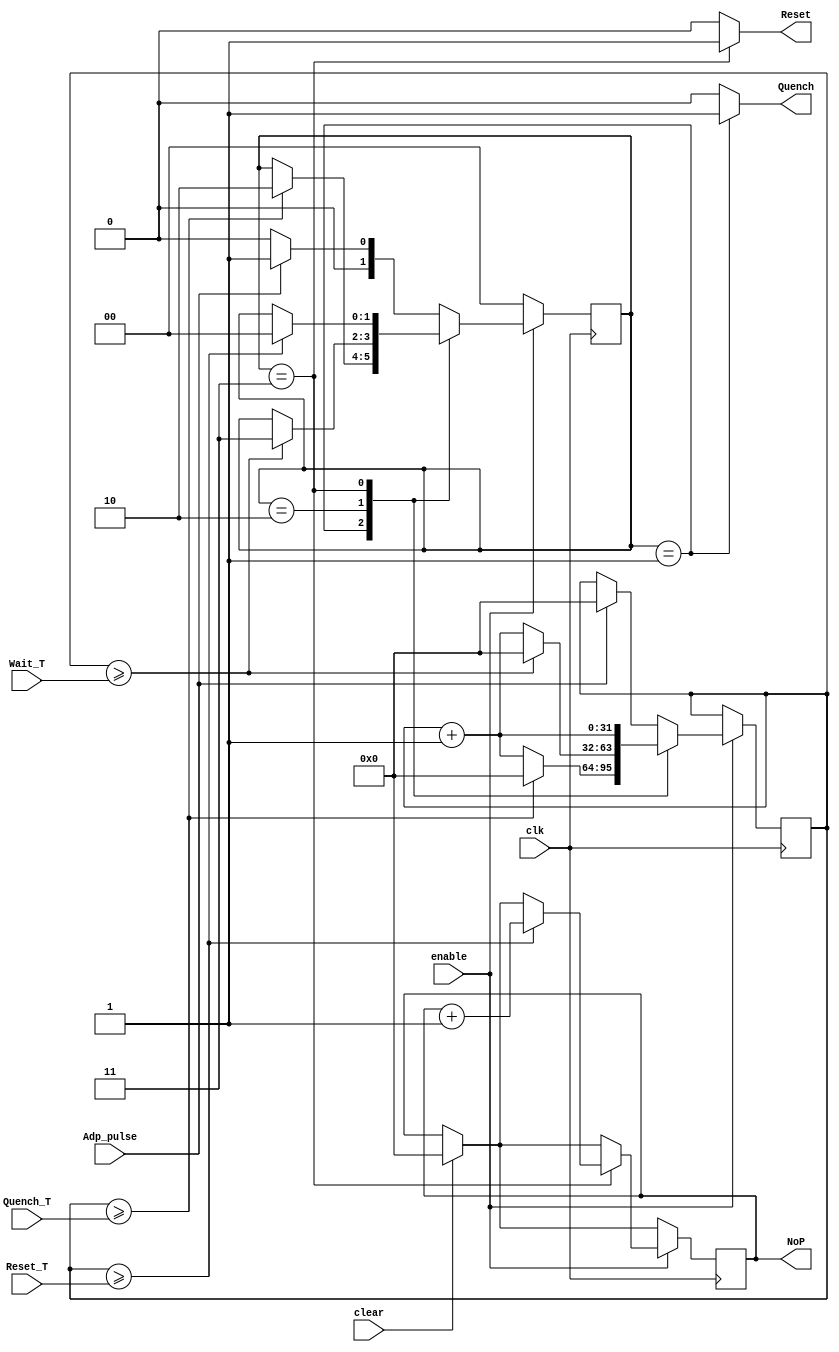
`timescale 1ns / 1ps
//////////////////////////////////////////////////////////////////////////////////
// Company: 
// Engineer: 
// 
// Design Name: 
// Module Name: SlowLogicHW
// Project Name: 
// Target Devices: 
// Tool Versions: 
// Description: 
// 
// Dependencies: 
// 
// Revision:
// Revision 0.01 - File Created
// Additional Comments:
// 
//////////////////////////////////////////////////////////////////////////////////


module SlowLogicHW(
    //Main Clock
    input wire clk,
    //Input pulse source
    input wire Adp_pulse,
    
    //Input Delay(clk cycle) in 16bit 
    input wire [31:0] Quench_T,
    input wire [31:0] Wait_T,
    input wire [31:0] Reset_T,
    
    input wire enable,
    input wire clear,
    
    //Output Pulse
    output reg Quench,
    output reg Reset,
    
    //Output pulse Adp counts
    output reg [31:0] NoP
    );

reg [1:0] state = 2'd0;

reg [31:0]clk_tgt = 32'd0;

reg AdpPE, AdpPre;

parameter S0 = 2'd0, S1 = 2'd1, S2 = 2'd2, S3 = 2'd3;


always @ (state) 
begin
    case (state)
        S1:begin
           Quench = 1'b1;
           Reset = 1'b0;
           end
        S2:begin
           Quench = 1'b0;
           Reset = 1'b0;
           end
        S3:begin
           Quench = 1'b0;
           Reset = 1'b1;
           end
        default:begin
           Quench = 1'b0;
           Reset = 1'b0;
           end
    endcase
end

initial NoP <= 0;

always @ (posedge clk) 
begin
    if (clear)
        NoP <= 0;
        
    if (!enable) 
        begin
            state <= S0;
        end
    else 
        begin
            case (state)
               S1:
               begin
                  if(clk_tgt >= Quench_T) 
                      begin
                        clk_tgt <= 0;
                        state <= S2;
                      end
                  else
                      clk_tgt<=clk_tgt+1;
               end
               S2:
               begin
                  if(clk_tgt >= Wait_T) 
                      begin
                        clk_tgt <= 0;
                        state <= S3;
                      end
                  else
                      clk_tgt=clk_tgt+1;
               end
               S3:
               begin
                  if(clk_tgt >= Reset_T) 
                      begin
                        clk_tgt <= 0;
                        state <= S0;
                        NoP <= NoP +1;
                      end
                  else
                      AdpPre <= Adp_pulse;
                      clk_tgt<=clk_tgt+1;
               end
               default:
               begin
                  AdpPE = (Adp_pulse == 1) & (AdpPre == 0);
                  AdpPre <= Adp_pulse;
                  if(Adp_pulse) 
                      begin
                        clk_tgt <= 0;
                        state = S1;
                      end
                  else
                      state <= S0;
               end
            endcase
        end
    end

endmodule